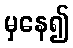
မှနေ၍